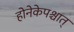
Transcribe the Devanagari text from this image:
होनेकेपश्चात्